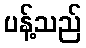
ပန့်သည်